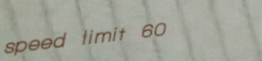
speed limit 60